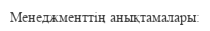
Менеджменттің анықтамалары: